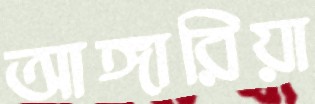
আঙ্গারিয়া